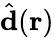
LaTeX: \hat{\mathbf{d}}(\mathbf{r})